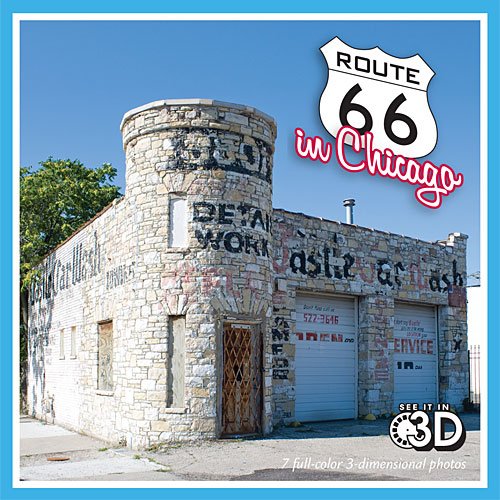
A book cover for Route 66 in Chicago (View-Master reel); Matt Bergstrom; Travel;